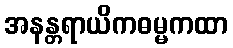
အနန္တရာယိကဓမ္မကထာ